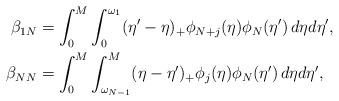
LaTeX: \begin{align*} \beta_{1N} &= \int_0^M\int_0^{\omega_1}(\eta'-\eta)_+\phi_{N+j}(\eta)\phi_N(\eta')\,d\eta d\eta', \\\beta_{NN} &= \int_0^M\int_{\omega_{N-1}}^M(\eta-\eta')_+\phi_j(\eta)\phi_N(\eta')\,d\eta d\eta',\end{align*}